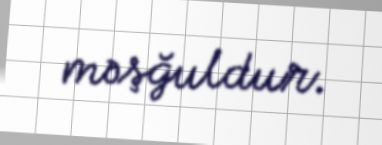
məşğuldur.